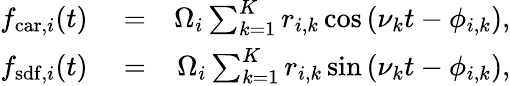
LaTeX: \begin{array}{rlr}{f_{\mathrm{car},i}(t)}&{{}=}&{\Omega_{i}\sum_{k=1}^{K}r_{i,k}\cos\left(\nu_{k}t-\phi_{i,k}\right),}\\ {f_{\mathrm{sdf},i}(t)}&{{}=}&{\Omega_{i}\sum_{k=1}^{K}r_{i,k}\sin\left(\nu_{k}t-\phi_{i,k}\right),}\end{array}